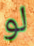
لو